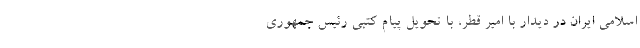
اسلامی ایران در دیدار با امیر قطر، با تحویل پیام کتبی رئیس جمهوری